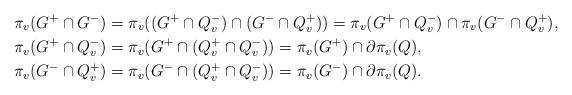
LaTeX: \begin{align*} \pi_v(G^+ \cap G^-) &= \pi_v((G^+ \cap Q_v^-) \cap (G^- \cap Q_v^+)) = \pi_v(G^+ \cap Q_v^-) \cap \pi_v(G^- \cap Q_v^+),\\ \pi_v(G^+ \cap Q_v^-) &= \pi_v(G^+ \cap (Q_v^+ \cap Q_v^-)) = \pi_v(G^+) \cap \partial \pi_v(Q),\\ \pi_v(G^- \cap Q_v^+) &= \pi_v(G^- \cap (Q_v^+ \cap Q_v^-)) = \pi_v(G^-) \cap \partial \pi_v(Q).\end{align*}